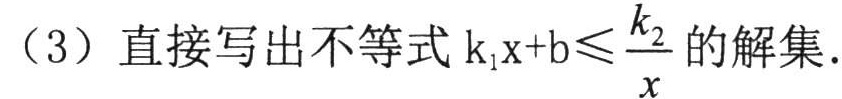
(3) 直接写出不等式 \(k_{1}x + b\leqslant\frac{k_{2}}{x}\) 的解集.